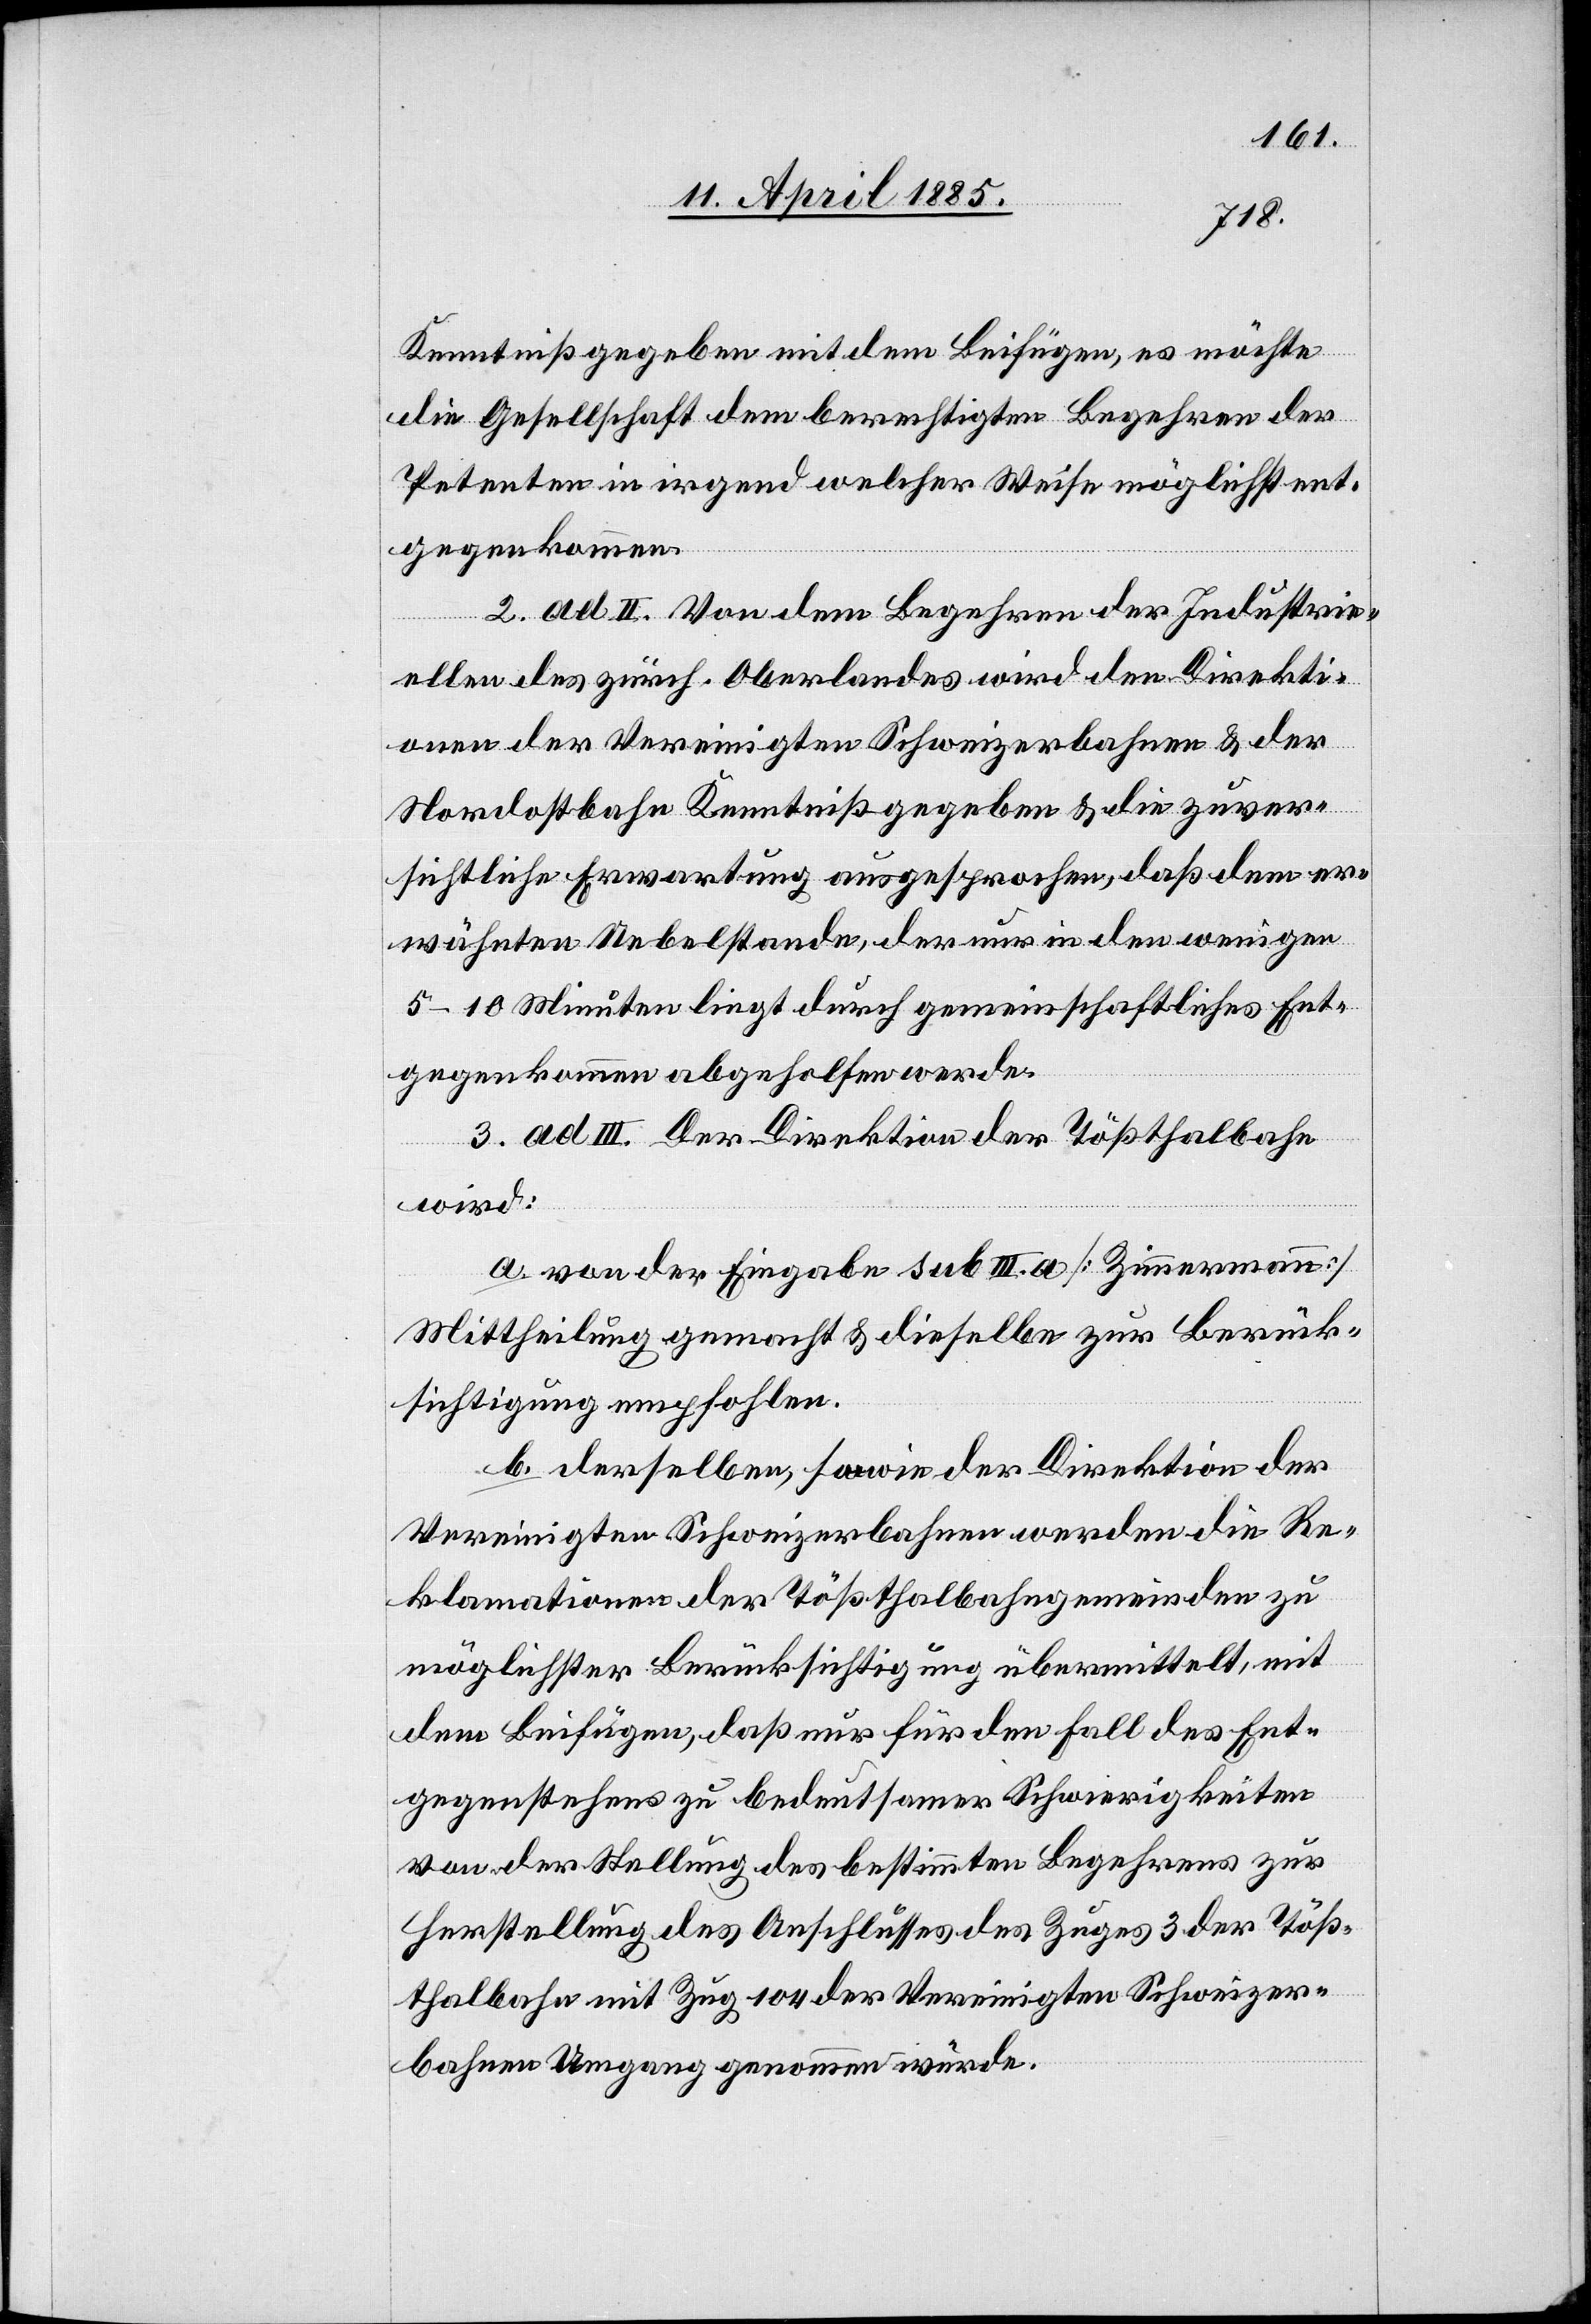
Kenntniß gegeben mit dem Beifügen, es möchte
die Gesellschaft dem berechtigten Begehren des
Petenten in irgend welcher Weise möglichst ent¬
gegenkommen.
2. ad II. Von dem Begehren der Industri¬
ellen des zürch. Oberlandes wird den Direkti¬
onen der Vereinigten Schweizerbahnen & der
Nordostbahn Kenntniß gegeben & die zuver¬
sichtliche Erwartung ausgesprochen, daß dem er¬
wähnten Uebelstande, der nur in den wenigen
5–10 Minuten liegt durch gemeinschaftliches Ent¬
gegenkommen abgehalten werde.
3. ad III. Der Direktion der Tößthalbahn
wird:
a. von der Eingabe sub III. a [Zimmermann]
Mittheilung gemacht & dieselbe zur Berück¬
sichtigung empfohlen.
b. derselben, sowie der Direktion der
Vereinigten Schweizerbahnen werden die Re¬
klamationen der Tößthalbahngemeinden zu
möglichster Berücksichtigung übermittelt, mit
dem Beifügen, daß nur für den Fall des Ent¬
gegenstehens zu bedeutsamer [sic!] Schwierigkeiten
von der Stellung des bestimmten Begehrens zur
Herstellung des Anschlusses des Zuges 3 der Töß¬
thalbahn mit Zug 104 der Vereinigten Schweizer¬
bahnen Umgang genommen würde.